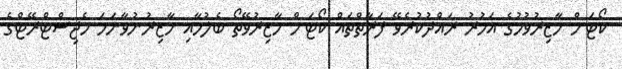
ކޯޓަށް ހާޒިރުވުމުގެ އަމުރު ރައްދުކުރެވޭ ފަރާތްތައް ކޯޓަށް ހާޒިރުވޭތޯ ބެލުމާއި ހާޒިރުނުވާނަމަ މެޖިސްޓްރޭޓްގެ